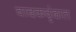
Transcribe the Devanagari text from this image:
वादकवृंदात